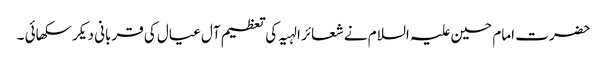
حضرت امام حسین علیہ السلام نے شعائر الہیہ کی تعظیم آل عیال کی قربانی دیکر سکھائی ۔